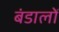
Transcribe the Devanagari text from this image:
बंडालों